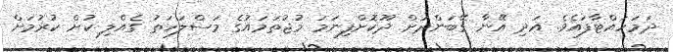
ދަމަހައްޓާފައެވެ. އަދި އޭނާ ގޭބަންދަށް ދޫކޮށްފިނަމަ މުޖުތަމައުގެ މަސްލަހަތު ގެއްލި ކުށް ކުރުމަށް